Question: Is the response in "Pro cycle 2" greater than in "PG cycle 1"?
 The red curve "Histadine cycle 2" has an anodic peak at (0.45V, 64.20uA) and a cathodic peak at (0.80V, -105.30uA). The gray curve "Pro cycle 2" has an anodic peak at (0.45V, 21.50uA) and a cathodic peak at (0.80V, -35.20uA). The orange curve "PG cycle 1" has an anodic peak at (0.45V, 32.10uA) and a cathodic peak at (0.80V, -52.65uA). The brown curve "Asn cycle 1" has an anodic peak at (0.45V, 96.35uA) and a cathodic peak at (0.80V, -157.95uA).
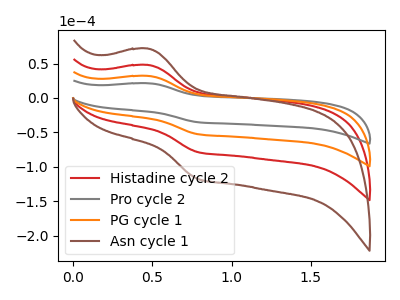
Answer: <think>All the peaks in "Pro cycle 2" have a peak in "PG cycle 1" at the same potential. Every peak in "Pro cycle 2" is lower than every peak in "PG cycle 1".
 </think>
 <answer>"Pro cycle 2" has less signal than "PG cycle 1".</answer>
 <eval>less_signal</eval>